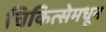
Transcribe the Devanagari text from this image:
चिकित्सेमधून